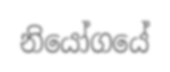
නියෝගයේ